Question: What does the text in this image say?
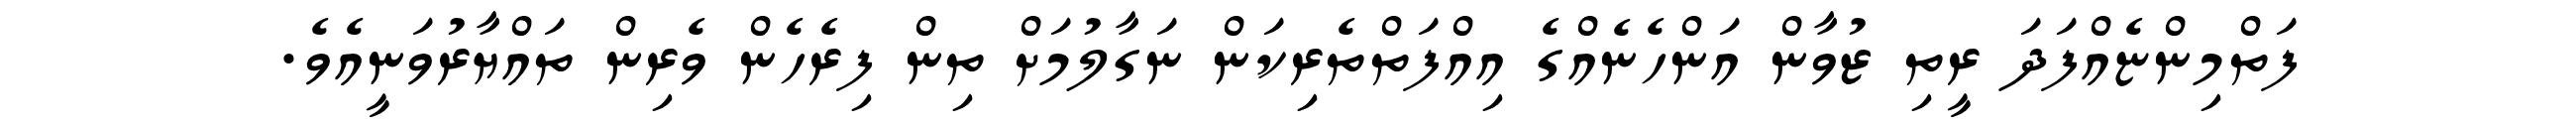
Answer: ފަތްމިންޏެއްފަދަ ރީތި ޒުވާން އަންހެނެއްގެ އިއްފަތްތެރިކަން ނަގާލުމަށް ތިން ފިރެހެން ވެރިން ތައްޔާރުވަނީއެވެ.